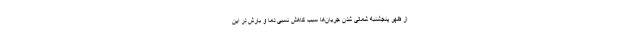
از ظهر پنجشنبه شمالی شدن جریان‌ها سبب کاهش نسبی دما و بارش در این